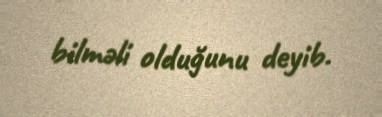
bilməli olduğunu deyib.